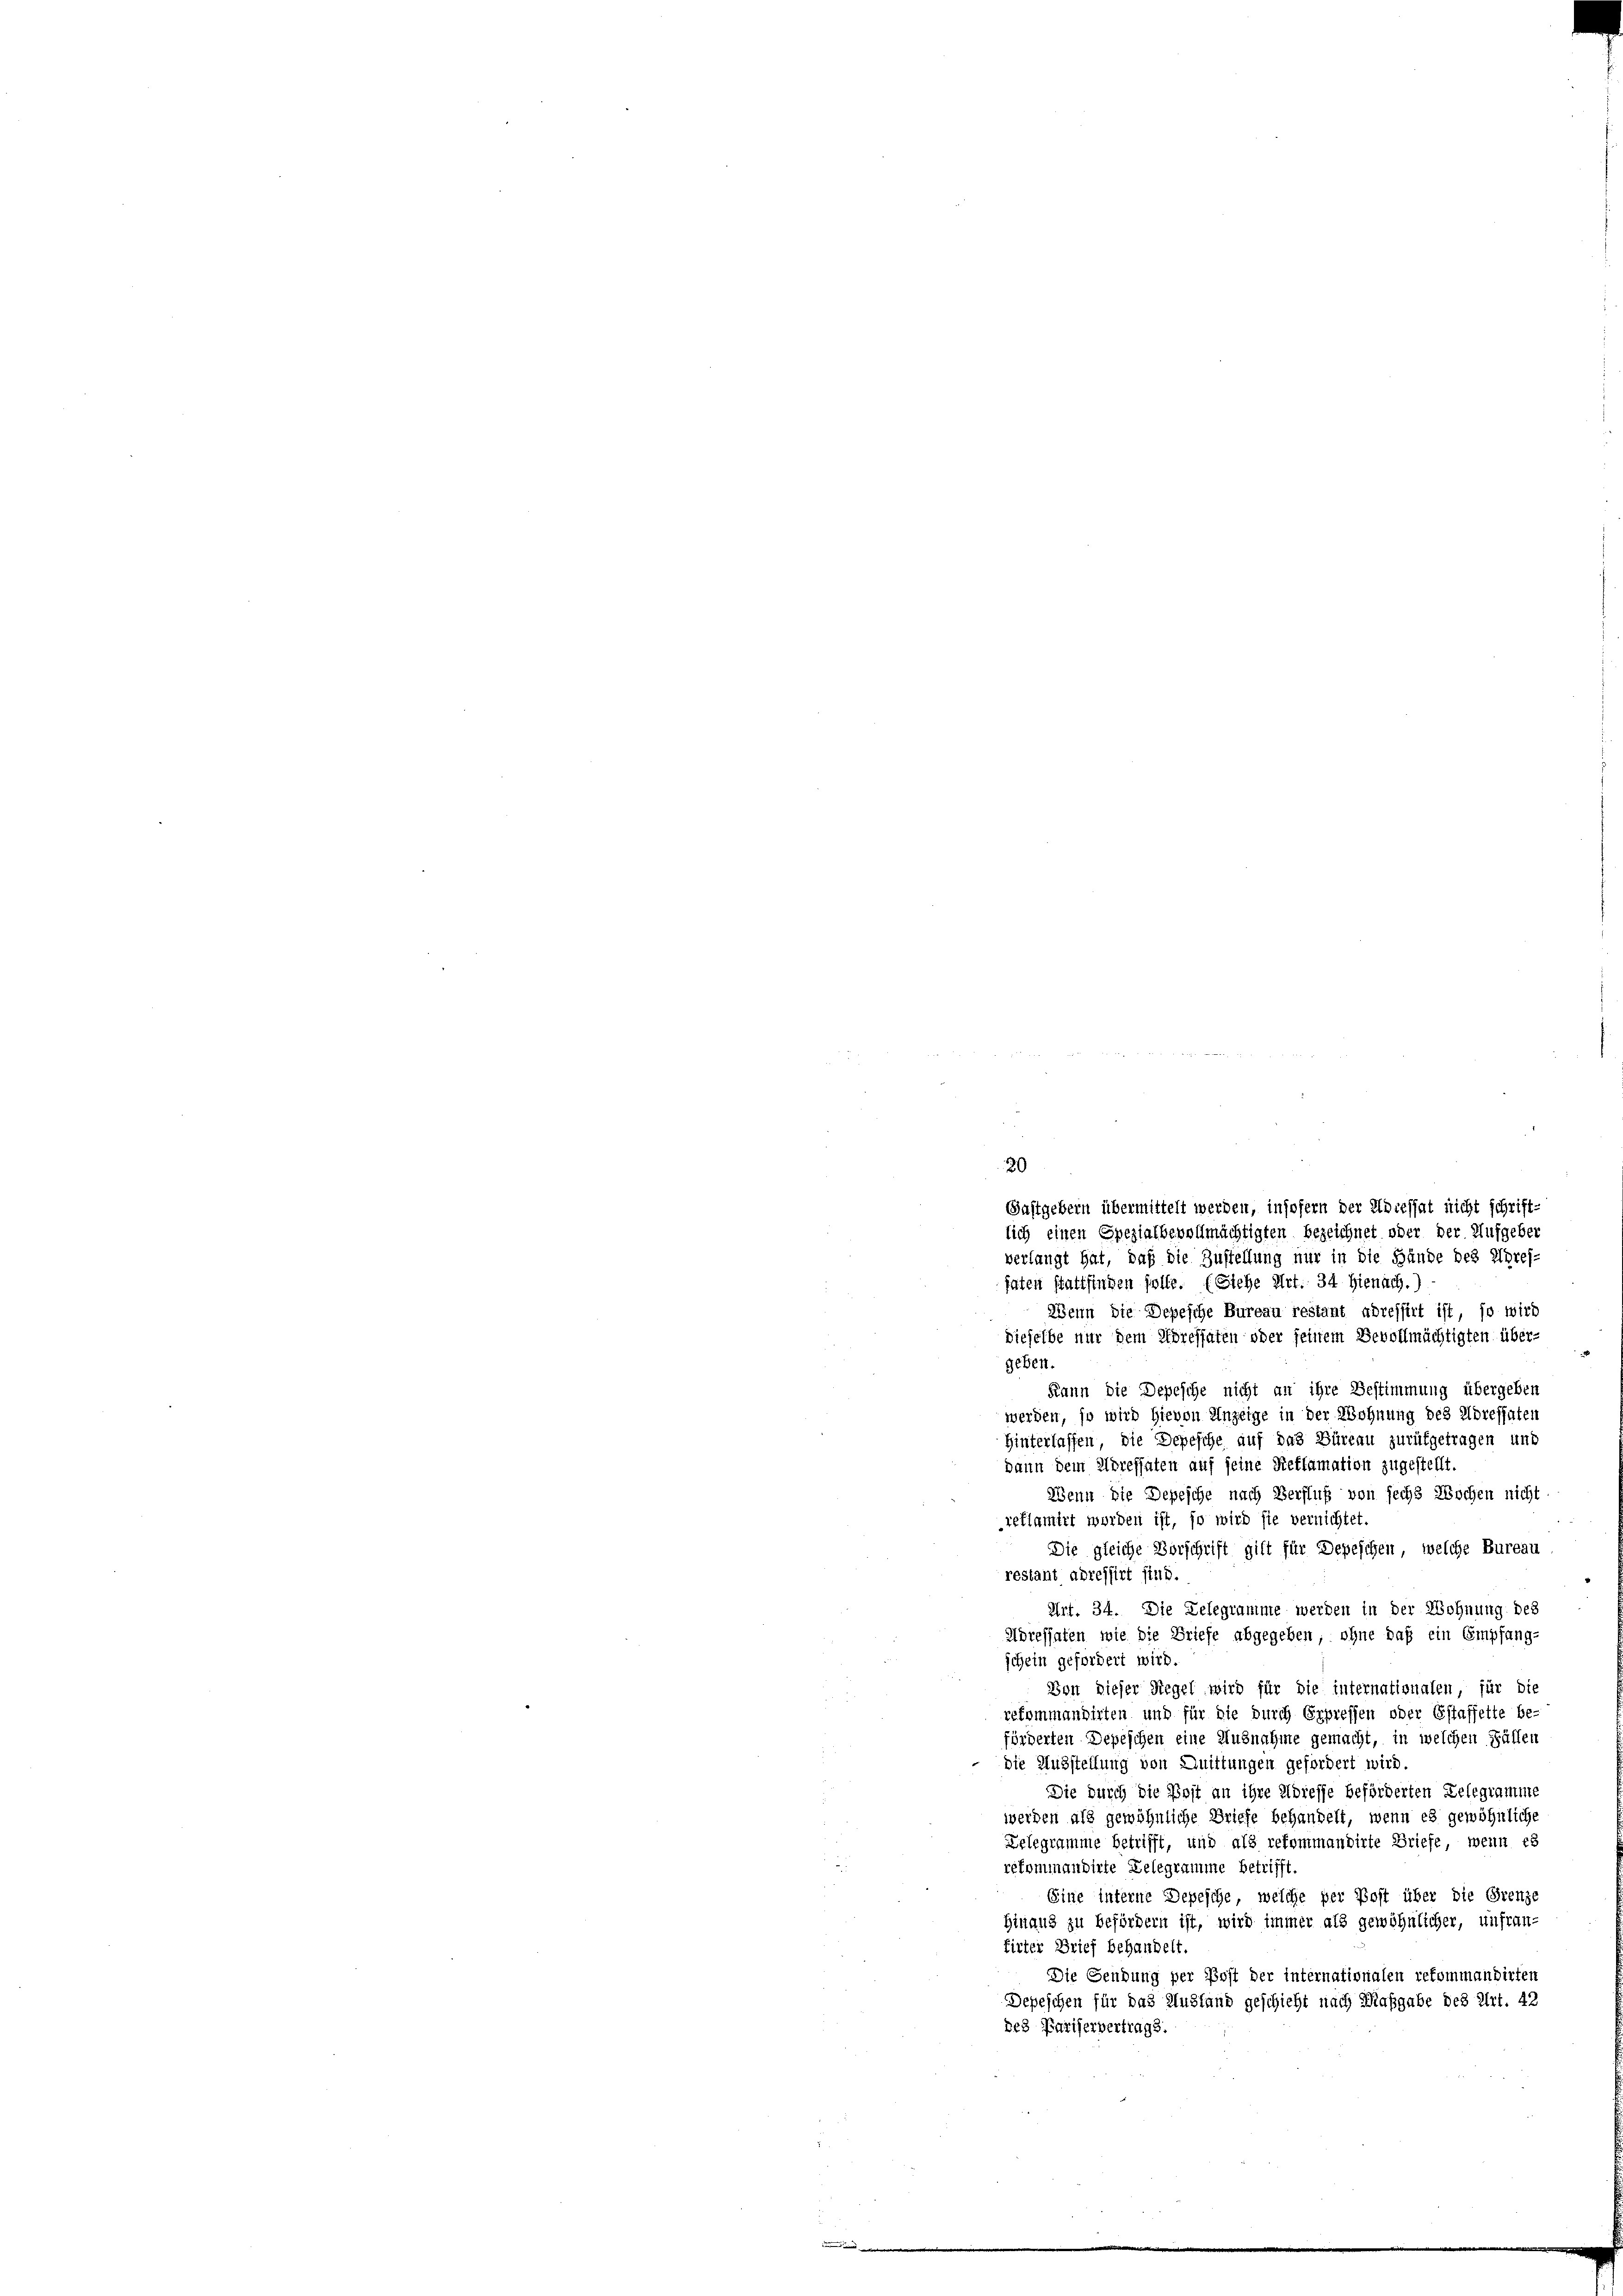
20

2
M x
Gastgebern übermittelt werden, insofern der Adressat nicht schrift-
lich einen Spezialbevollmächtigten bezeichnet oder der Aufgeber
verlangt hat, daß die Zustellung nur in die Hände des Abrei-
faten stattfinden solle. (Siehe Art. 34 Hienach.)
Wenn die Depesche Bureau restant adressirt ist, so wird
dieselbe nur dem Soressaten oder seinem Bevollmächtigten über-
geben.
Kann die Depesche nicht an ihre Bestimmung übergeben
werden, so wird hievon Anzeige in der Wohnung des Adressaten
Hinterlassen, die Depesche auf das Büreau zurükgetragen und
dann dem Adressaten auf seine Retlamation zugestellt.
Wenn die Depesche nach Verfluß von sechs Wochen nicht
reflamirt worden ist, so wird sie vernichtet.
Die gleiche Vorschrift gilt für Depeschen, welche Bureau
restant adressirt sind.
Art. 34. Die Delegramme werden in der Wohnung des
Adressaten wie die Briefe abgegeben, ohne daß ein Empfang-
schein gefordert wird.
Von dieser Regel wird für die internationalen für die
rekommandirten und für die durch Erpressen oder Estaffette be-
förderten Depeschen eine Ausnahme gemacht, in welchen Fällen
die Ausstellung von Quittungen gefordert wird.
Die durch die Post an ihre Adresse beförderten Gelegramms
werden als gewöhnliche Briefe behandelt, wenn es gewöhnliche
Zelegramme betrifft, und als rekommandirte Briefe, wenn es
e
rekommandirte Delegramme betrifft
Eine interne Depesche, welche per Post über die Grenze
hinaus zu befördern ist, wird immer als gewöhnlicher, unfran-
tirter Brief behandelt.
Die Gendung per Post der internationalen rekommandirten
Depeschen für das Austand geschieht nach Maßgabe des Art. 42
des Pariserbertrags.